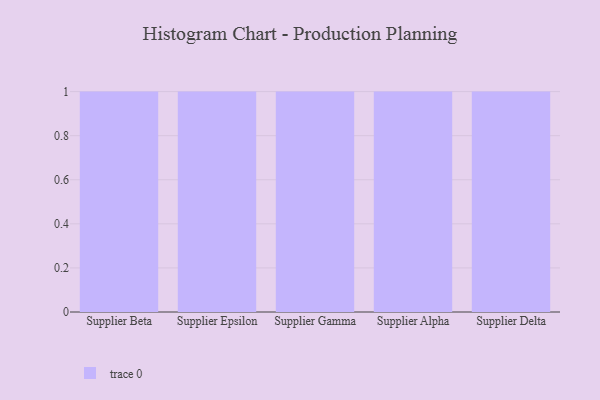
{"axis": {"x": "Supplier", "y": "Latency (ms)"}, "legend": [""], "data": [{"x": "Supplier Beta", "y": 64, "type": ""}, {"x": "Supplier Epsilon", "y": 32, "type": ""}, {"x": "Supplier Gamma", "y": 84, "type": ""}, {"x": "Supplier Alpha", "y": 97, "type": ""}, {"x": "Supplier Delta", "y": 70, "type": ""}]}